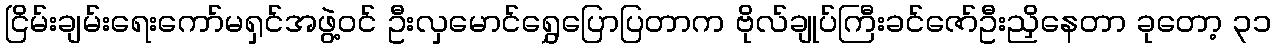
ငြိမ်းချမ်းရေးကော်မရှင်အဖွဲ့ဝင် ဦးလှမောင်ရွှေပြောပြတာက ဗိုလ်ချုပ်ကြီးခင်ဇော်ဦးညှိနေတာ ခုတော့ ၃၁